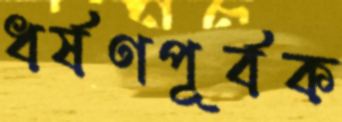
ধর্ষণপূর্বক